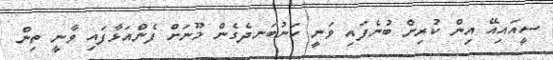
ސީއައިއޭ އިން ކުރިން ބުނެފައި ވަނީ ކަނުބަނދެގެން މޫނަށް ފެންއަޅާފައި ވާނީ ތިން